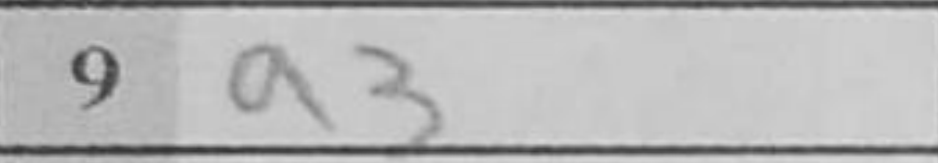
Transcription: a3